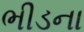
ભીડના